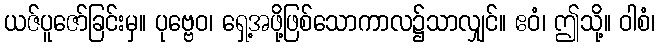
ယဇ်ပူဇော်ခြင်းမှ။ ပုဗ္ဗေဝ၊ ရှေ့အဖို့ဖြစ်သောကာလ၌သာလျှင်။ ဧဝံ၊ ဤသို့။ ဝါစံ၊